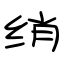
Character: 绡